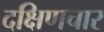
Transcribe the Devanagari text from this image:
दक्षिणचार